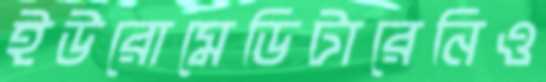
ইউরোমেডিটারেনিও